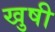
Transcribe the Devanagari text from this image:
खुषी